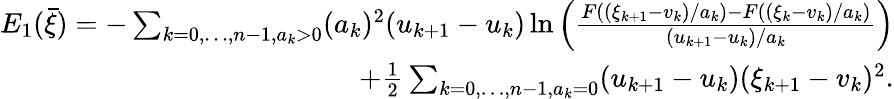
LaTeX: \begin{array}{r}{E_{1}(\bar{\xi})=-\sum_{k=0,\ldots,n-1,a_{k}>0}(a_{k})^{2}(u_{k+1}-u_{k})\ln\left(\frac{F((\xi_{k+1}-v_{k})/a_{k})-F((\xi_{k}-v_{k})/a_{k})}{(u_{k+1}-u_{k})/a_{k}}\right)}\\ {+\frac{1}{2}\sum_{k=0,\ldots,n-1,a_{k}=0}(u_{k+1}-u_{k})(\xi_{k+1}-v_{k})^{2}.}\end{array}